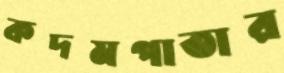
কদমপাতার